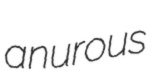
anurous